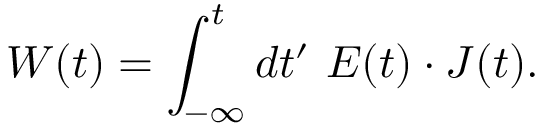
W ( t ) = \int _ { - \infty } ^ { t } d t ^ { \prime } \ \boldsymbol { E } ( t ) \cdot \boldsymbol { J } ( t ) .